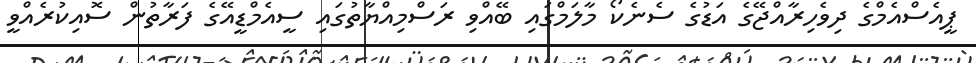
ޕީއެސްއެމްގެ ދިވެހިރާއްޖޭގެ އަޑުގެ ސެނެކޯ މާލަމްގައި ބޭއްވި ރަސްމިއްޔާތުގައި ސީއެމްޑީއޭގެ ފަރާތުން ސޮއިކުރެއްވީ